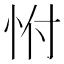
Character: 㤔